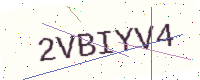
Text: 2VBIYV4